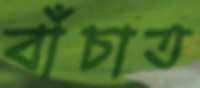
বাঁচাত